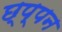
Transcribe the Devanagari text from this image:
छ्प्पन